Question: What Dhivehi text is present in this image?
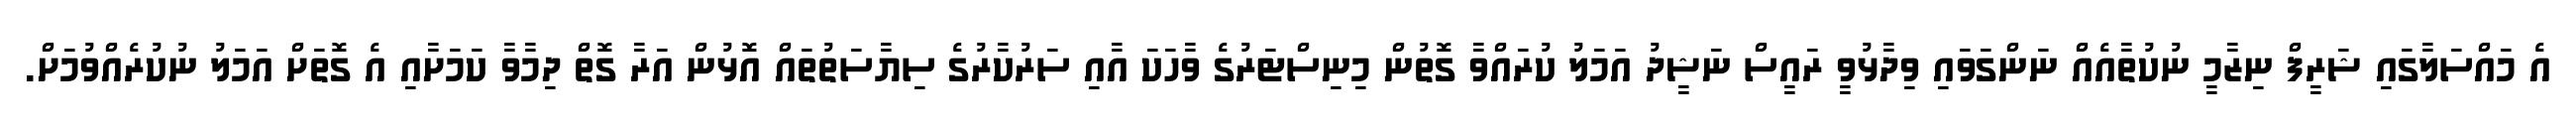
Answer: އެ މައްސަލާގައި ޝަރީފް ނިޒާމީ ނުކުތާއެއް ނަންގަވައި ވިދާޅުވީ ރައީސް ނަޝީދު އަމަލު ކުރައްވާ ގޮތުން މިނިސްޓަރުގެ ވާހަކަ އާއި ސަރުކާރުގެ ސިޔާސަތުތައް އޮޅުން އަރާ ގޮތް ދިމާވާ ކަމަށާއި އެ ގޮތަށް އަމަލު ނުކުރެއްވުމަށް.